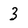
Character: 3